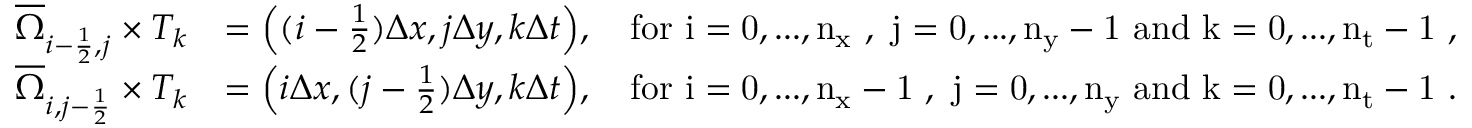
\begin{array} { r l } { \overline { { \Omega } } _ { i - \frac { 1 } { 2 } , j } \times T _ { k } } & { = \Big ( ( i - \frac { 1 } { 2 } ) \Delta x , j \Delta y , k \Delta t \Big ) , \quad \mathrm { f o r ~ i = 0 , . . . , n _ x ~ , ~ j = 0 , . . . , n _ y - 1 ~ a n d ~ k = 0 , . . . , n _ t - 1 ~ } , } \\ { \overline { { \Omega } } _ { i , j - \frac { 1 } { 2 } } \times T _ { k } } & { = \Big ( i \Delta x , ( j - \frac { 1 } { 2 } ) \Delta y , k \Delta t \Big ) , \quad \mathrm { f o r ~ i = 0 , . . . , n _ x - 1 ~ , ~ j = 0 , . . . , n _ y ~ a n d ~ k = 0 , . . . , n _ t - 1 ~ } . } \end{array}